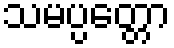
သမပ္ပတ္တော